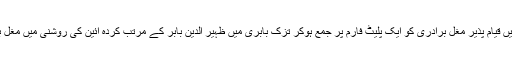
کنونشن سے خطاب کرنے والے مقررین نے زور دیا کہ پاکستان بھر میں قیام پذیر مغل برادری کو ایک پلیٹ فارم پر جمع ہوکر تزک بابری میں ظہیر الدین بابر کے مرتب کردہ آئین کی روشنی میں مغل برادری کی فلاح بہبود و ترقی کے لیے مشترکہ اقدامات کرنا ہوں گے ۔